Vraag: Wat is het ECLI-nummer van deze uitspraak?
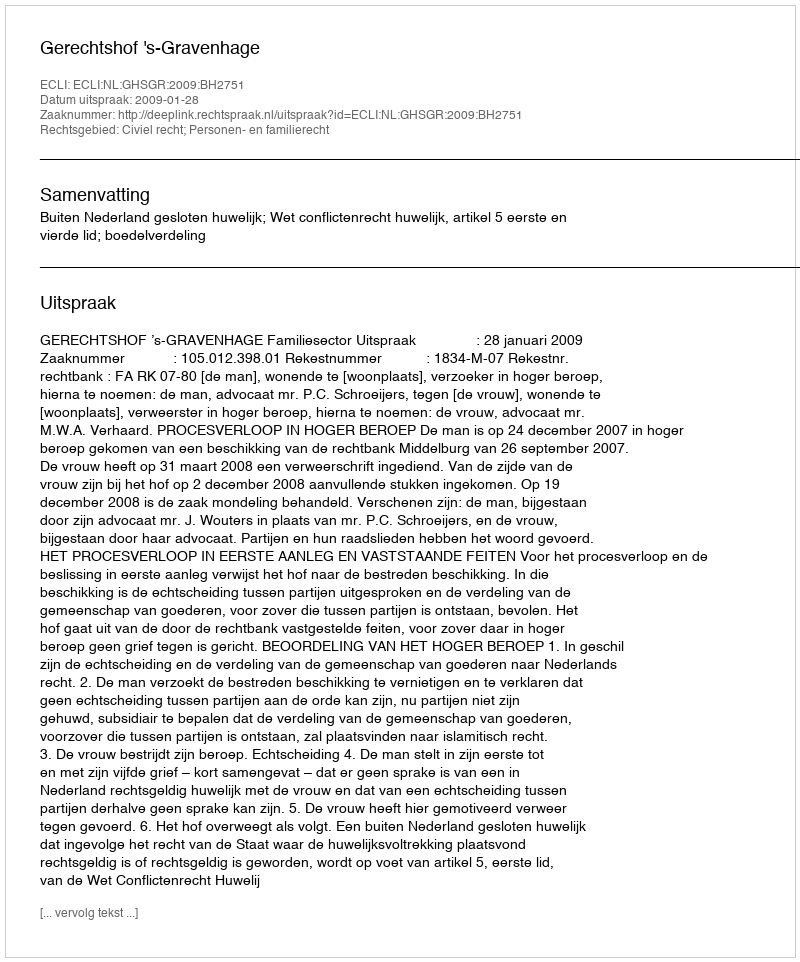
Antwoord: ECLI:NL:GHSGR:2009:BH2751